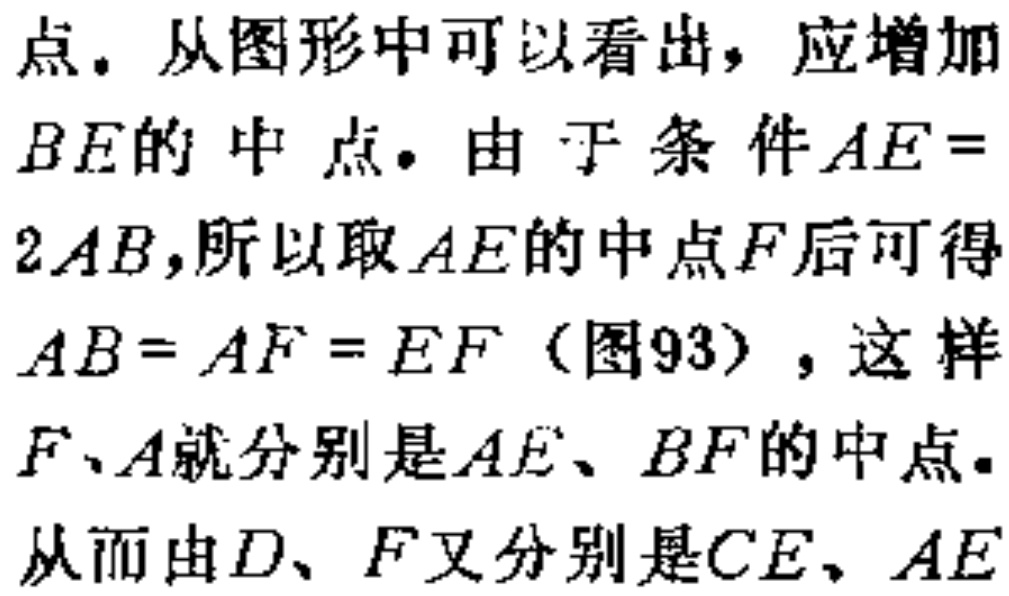
点. 从图形中可以看出, 应增加

$BE$的中点. 由于条件$AE =

2AB$,所以取$AE$的中点$F$后可得

$AB = AF = EF$(图93), 这样

$F、A$就分别是$AE、BF$的中点.

从而由$D、F$又分别是$CE、AE$